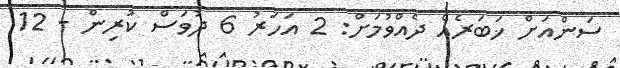
ސަންއަށް ޚަބަރެއް ދެއްވުމަށް: 2 އަހަރު 6 ދުވަސް ކުރިން - 12